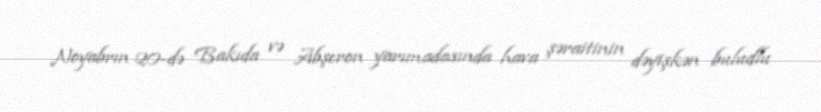
Noyabrın 20-də Bakıda və Abşeron yarımadasında hava şəraitinin dəyişkən buludlu